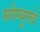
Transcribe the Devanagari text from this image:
सोस्यूरचे